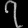
Digit: ၇